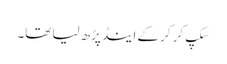
سکپ کر کر کے اینڈ پڑھ لیا تھا۔